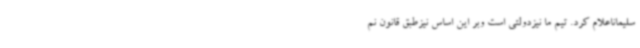
سلیماناعلام کرد. تیم ما نیزدولتی است وبر این اساس نیزطبق قانون نم